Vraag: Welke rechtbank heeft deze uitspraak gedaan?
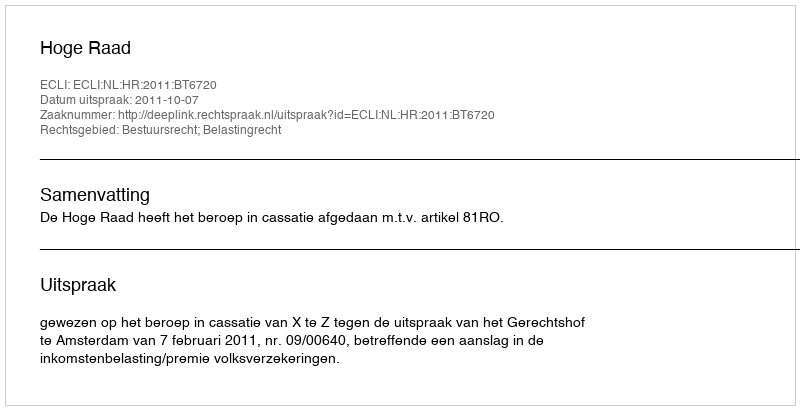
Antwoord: Hoge Raad